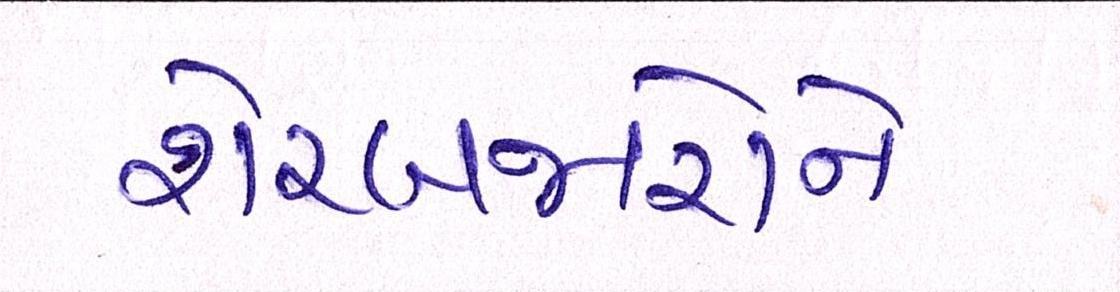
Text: શેરબજારોને